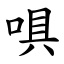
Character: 㖵